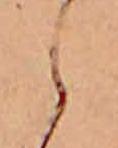
ら